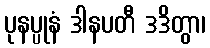
ပုနပ္ပုနံ ဒါနပတီ ဒဒိတွာ၊